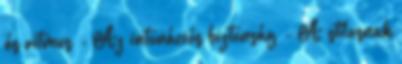
és ritmus - Az intonációs biztonság - A stílusnak